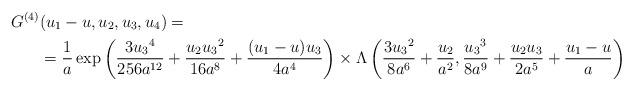
LaTeX: \begin{align*} G^{(4)}&(u_1-{{u}},u_2,u_3,u_4)= \\ &= \frac{1}{a}\exp \left( \frac{3 {u_3}^4}{256 a^{12}}+\frac{{u_2} {u_3}^2}{16 a^8}+\frac{({u_1-u}) {u_3}}{4 a^4} \right) \times \Lambda \left( \frac{3 {u_3}^2}{8 a^6}+\frac{{u_2}}{a^2},\frac{{u_3}^3}{8 a^9}+\frac{{u_2} {u_3}}{2 a^5}+\frac{{u_1-u}}{a} \right) \end{align*}